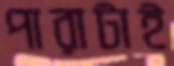
পারাটাই